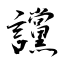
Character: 讜